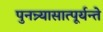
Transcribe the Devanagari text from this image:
पुनन्र्यासात्पूर्यन्ते